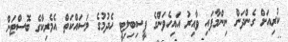
ކުރިއަށް ގެންދަން ނިންމާފައި ވާއިރު އައިހެވަންގެ ފީސިބިލިޓީ ހެދުމުގެ މަސައްކަތް އެމެރިކާގެ ބޮސްޓަން